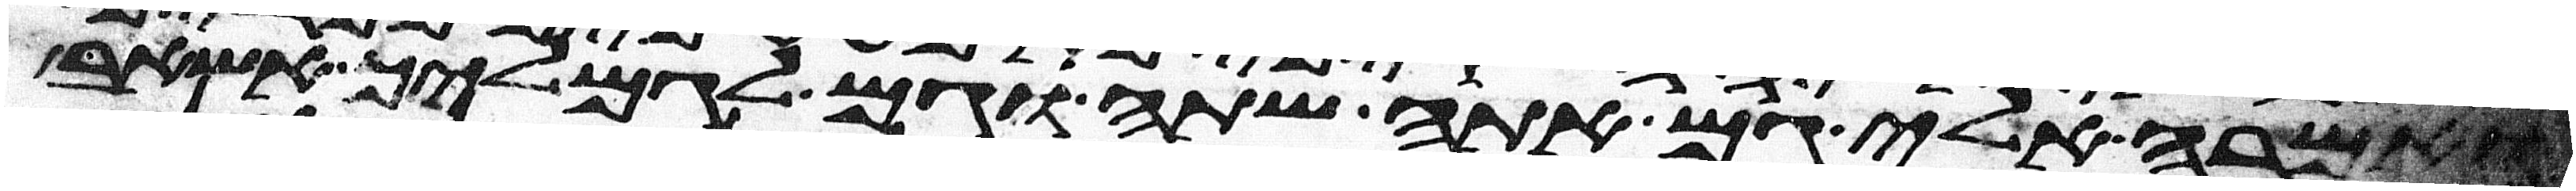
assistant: ואמרה אלי גם אתה שתה וגם לגמליך אשאב